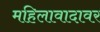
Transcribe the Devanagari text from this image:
महिलावादावर